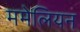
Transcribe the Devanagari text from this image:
ममेलियन